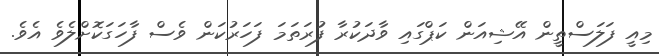
މިއީ ފަލަސްތީން އޭޝިއަން ކަޕްގައި ވާދަކުރާ ފުރަތަމަ ފަހަރުކަން ވެސް ފާހަގަކޮށްލެވެ އެވެ.